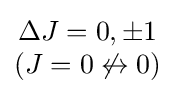
{\begin{matrix}\Delta J=0,\pm 1\\(J=0\not \leftrightarrow 0)\end{matrix}}